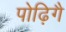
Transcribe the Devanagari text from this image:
पोढ़िगै